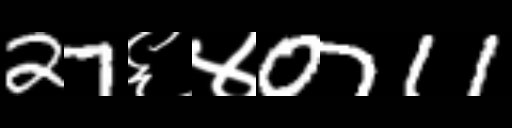
Text: 27६४0711